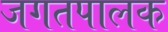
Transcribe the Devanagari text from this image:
जगतपालक